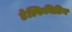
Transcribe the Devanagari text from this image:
डेल्फिनिडिन